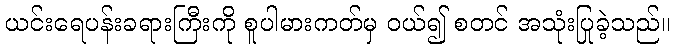
ယင်းရေပန်းခရားကြီးကို စူပါမားကတ်မှ ဝယ်၍ စတင် အသုံးပြုခဲ့သည်။